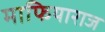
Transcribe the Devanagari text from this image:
माफियाराज